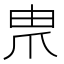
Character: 𤰰